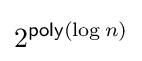
2^{{\textsf {poly}}(\log n)}